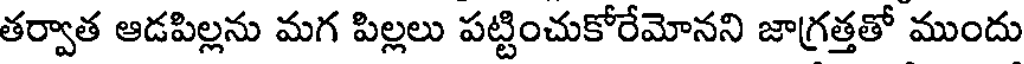
తర్వాత ఆడపిల్లను మగ పిల్లలు పట్టించుకోరేమోనని జాగ్రత్తతో ముందు